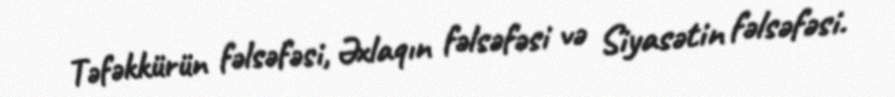
Təfəkkürün fəlsəfəsi, Əxlaqın fəlsəfəsi və Siyasətin fəlsəfəsi.